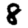
Digit: 8